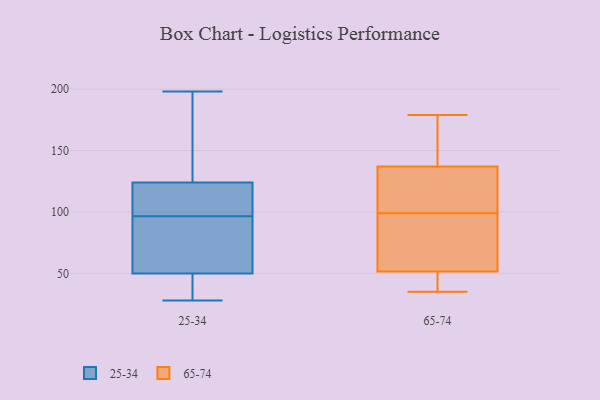
{"axis": {"x": "Operating Costs (USD K)", "y": "Value"}, "legend": ["25-34", "65-74"], "data": [{"x": "", "y": 198, "type": "25-34"}, {"x": "", "y": 39, "type": "25-34"}, {"x": "", "y": 34, "type": "25-34"}, {"x": "", "y": 81, "type": "25-34"}, {"x": "", "y": 28, "type": "25-34"}, {"x": "", "y": 121, "type": "25-34"}, {"x": "", "y": 86, "type": "25-34"}, {"x": "", "y": 158, "type": "25-34"}, {"x": "", "y": 104, "type": "25-34"}, {"x": "", "y": 124, "type": "25-34"}, {"x": "", "y": 50, "type": "25-34"}, {"x": "", "y": 89, "type": "25-34"}, {"x": "", "y": 143, "type": "25-34"}, {"x": "", "y": 108, "type": "25-34"}, {"x": "", "y": 109, "type": "65-74"}, {"x": "", "y": 140, "type": "65-74"}, {"x": "", "y": 40, "type": "65-74"}, {"x": "", "y": 134, "type": "65-74"}, {"x": "", "y": 125, "type": "65-74"}, {"x": "", "y": 179, "type": "65-74"}, {"x": "", "y": 35, "type": "65-74"}, {"x": "", "y": 81, "type": "65-74"}, {"x": "", "y": 163, "type": "65-74"}, {"x": "", "y": 62, "type": "65-74"}, {"x": "", "y": 41, "type": "65-74"}, {"x": "", "y": 89, "type": "65-74"}]}